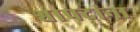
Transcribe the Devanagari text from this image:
श्वापदांना